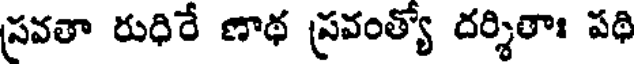
స్రవతా రుధిరే ణాథ ప్రవంత్యో దర్శితాః పథి